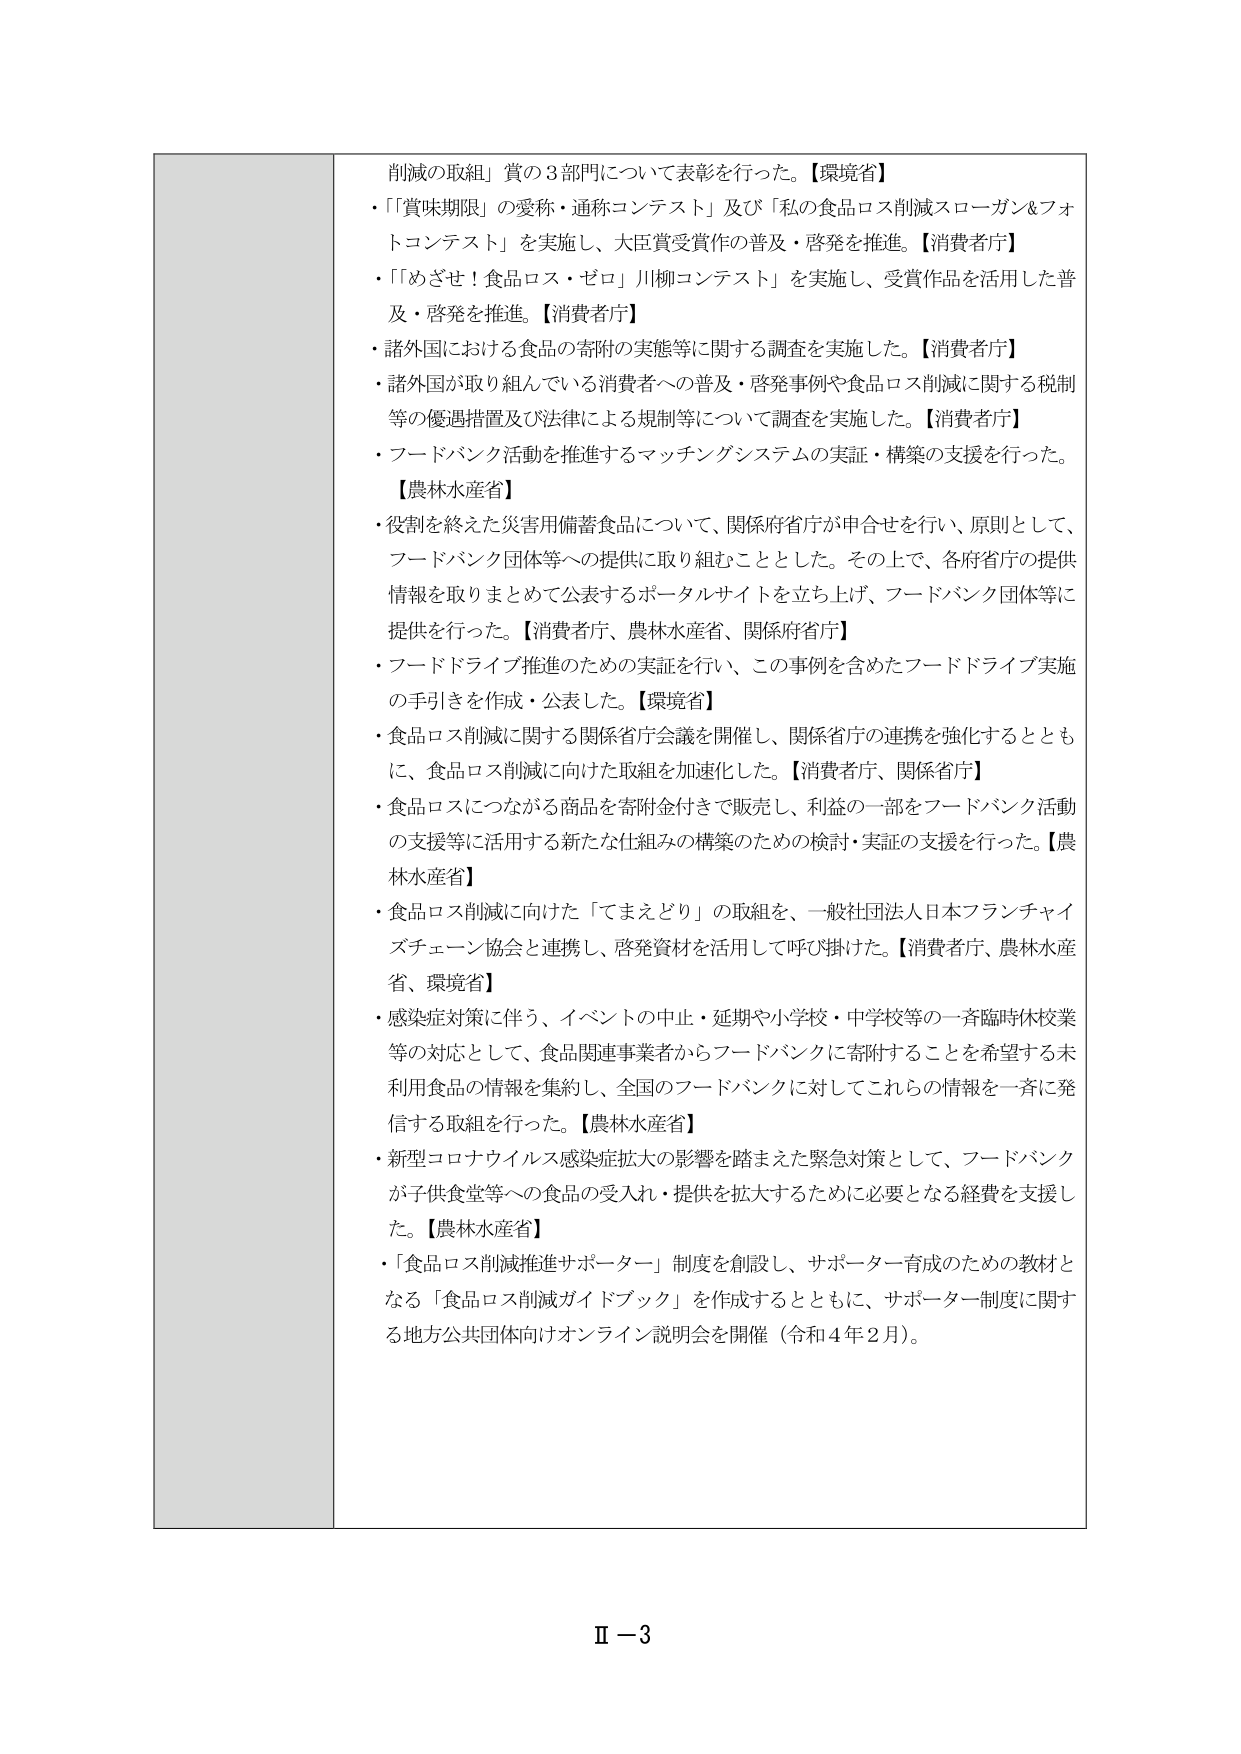
削減の取組」賞の３部門について表彰を行った。【環境省】
・「「賞味期限」の愛称・通称コンテスト」及び「私の食品ロス削減スローガン＆フォトコンテスト」を実施し、大臣賞受賞作の普及・啓発を推進。【消費者庁】
・「「めざせ！食品ロス・ゼロ」川柳コンテスト」を実施し、受賞作品を活用した普及・啓発を推進。【消費者庁】
・諸外国における食品の寄附の実態等に関する調査を実施した。【消費者庁】
・諸外国が取り組んでいる消費者への普及・啓発事例や食品ロス削減に関する税制等の優遇措置及び法律による規制等について調査を実施した。【消費者庁】
・フードバンク活動を推進するマッチングシステムの実証・構築の支援を行った。
【農林水産省】
・役割を終えた災害用備蓄食品について、関係府省庁が申合せを行い、原則として、フードバンク団体等への提供に取り組むこととした。その上で、各府省庁の提供情報を取りまとめて公表するポータルサイトを立ち上げ、フードバンク団体等に提供を行った。【消費者庁、農林水産省、関係府省庁】
・フードドライブ推進のための実証を行い、この事例を含めたフードドライブ実施の手引きを作成・公表した。【環境省】
・食品ロス削減に関する関係省庁会議を開催し、関係省庁の連携を強化するとともに、食品ロス削減に向けた取組を加速化した。【消費者庁、関係省庁】
・食品ロスにつながる商品を寄附金付きで販売し、利益の一部をフードバンク活動の支援等に活用する新たな仕組みの構築のための検討・実証の支援を行った。【農林水産省】
・食品ロス削減に向けた「てまえどり」の取組を、一般社団法人日本フランチャイズチェーン協会と連携し、啓発資材を活用して呼び掛けた。【消費者庁、農林水産省、環境省】
・感染症対策に伴う、イベントの中止・延期や小学校・中学校等の一斉臨時休校業等の対応として、食品関連事業者からフードバンクに寄附することを希望する未利用食品の情報を集約し、全国のフードバンクに対してこれらの情報を一斉に発信する取組を行った。【農林水産省】
・新型コロナウイルス感染症拡大の影響を踏まえた緊急対策として、フードバンクが子供食堂等への食品の受入れ・提供を拡大するために必要となる経費を支援した。【農林水産省】
・「食品ロス削減推進サポーター」制度を創設し、サポーター育成のための教材となる「食品ロス削減ガイドブック」を作成するとともに、サポーター制度に関する地方公共団体向けオンライン説明会を開催（令和４年２月）。

Ⅱ－3